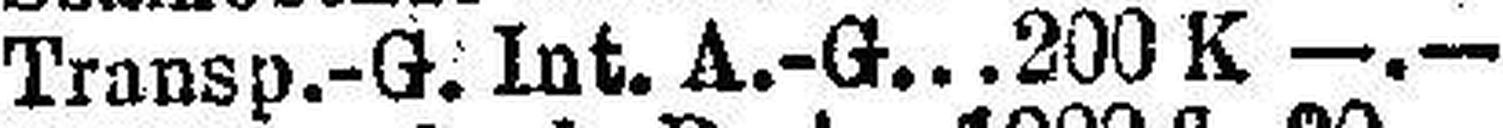
Transp.-G. Int. A.-G. 200 K —.—